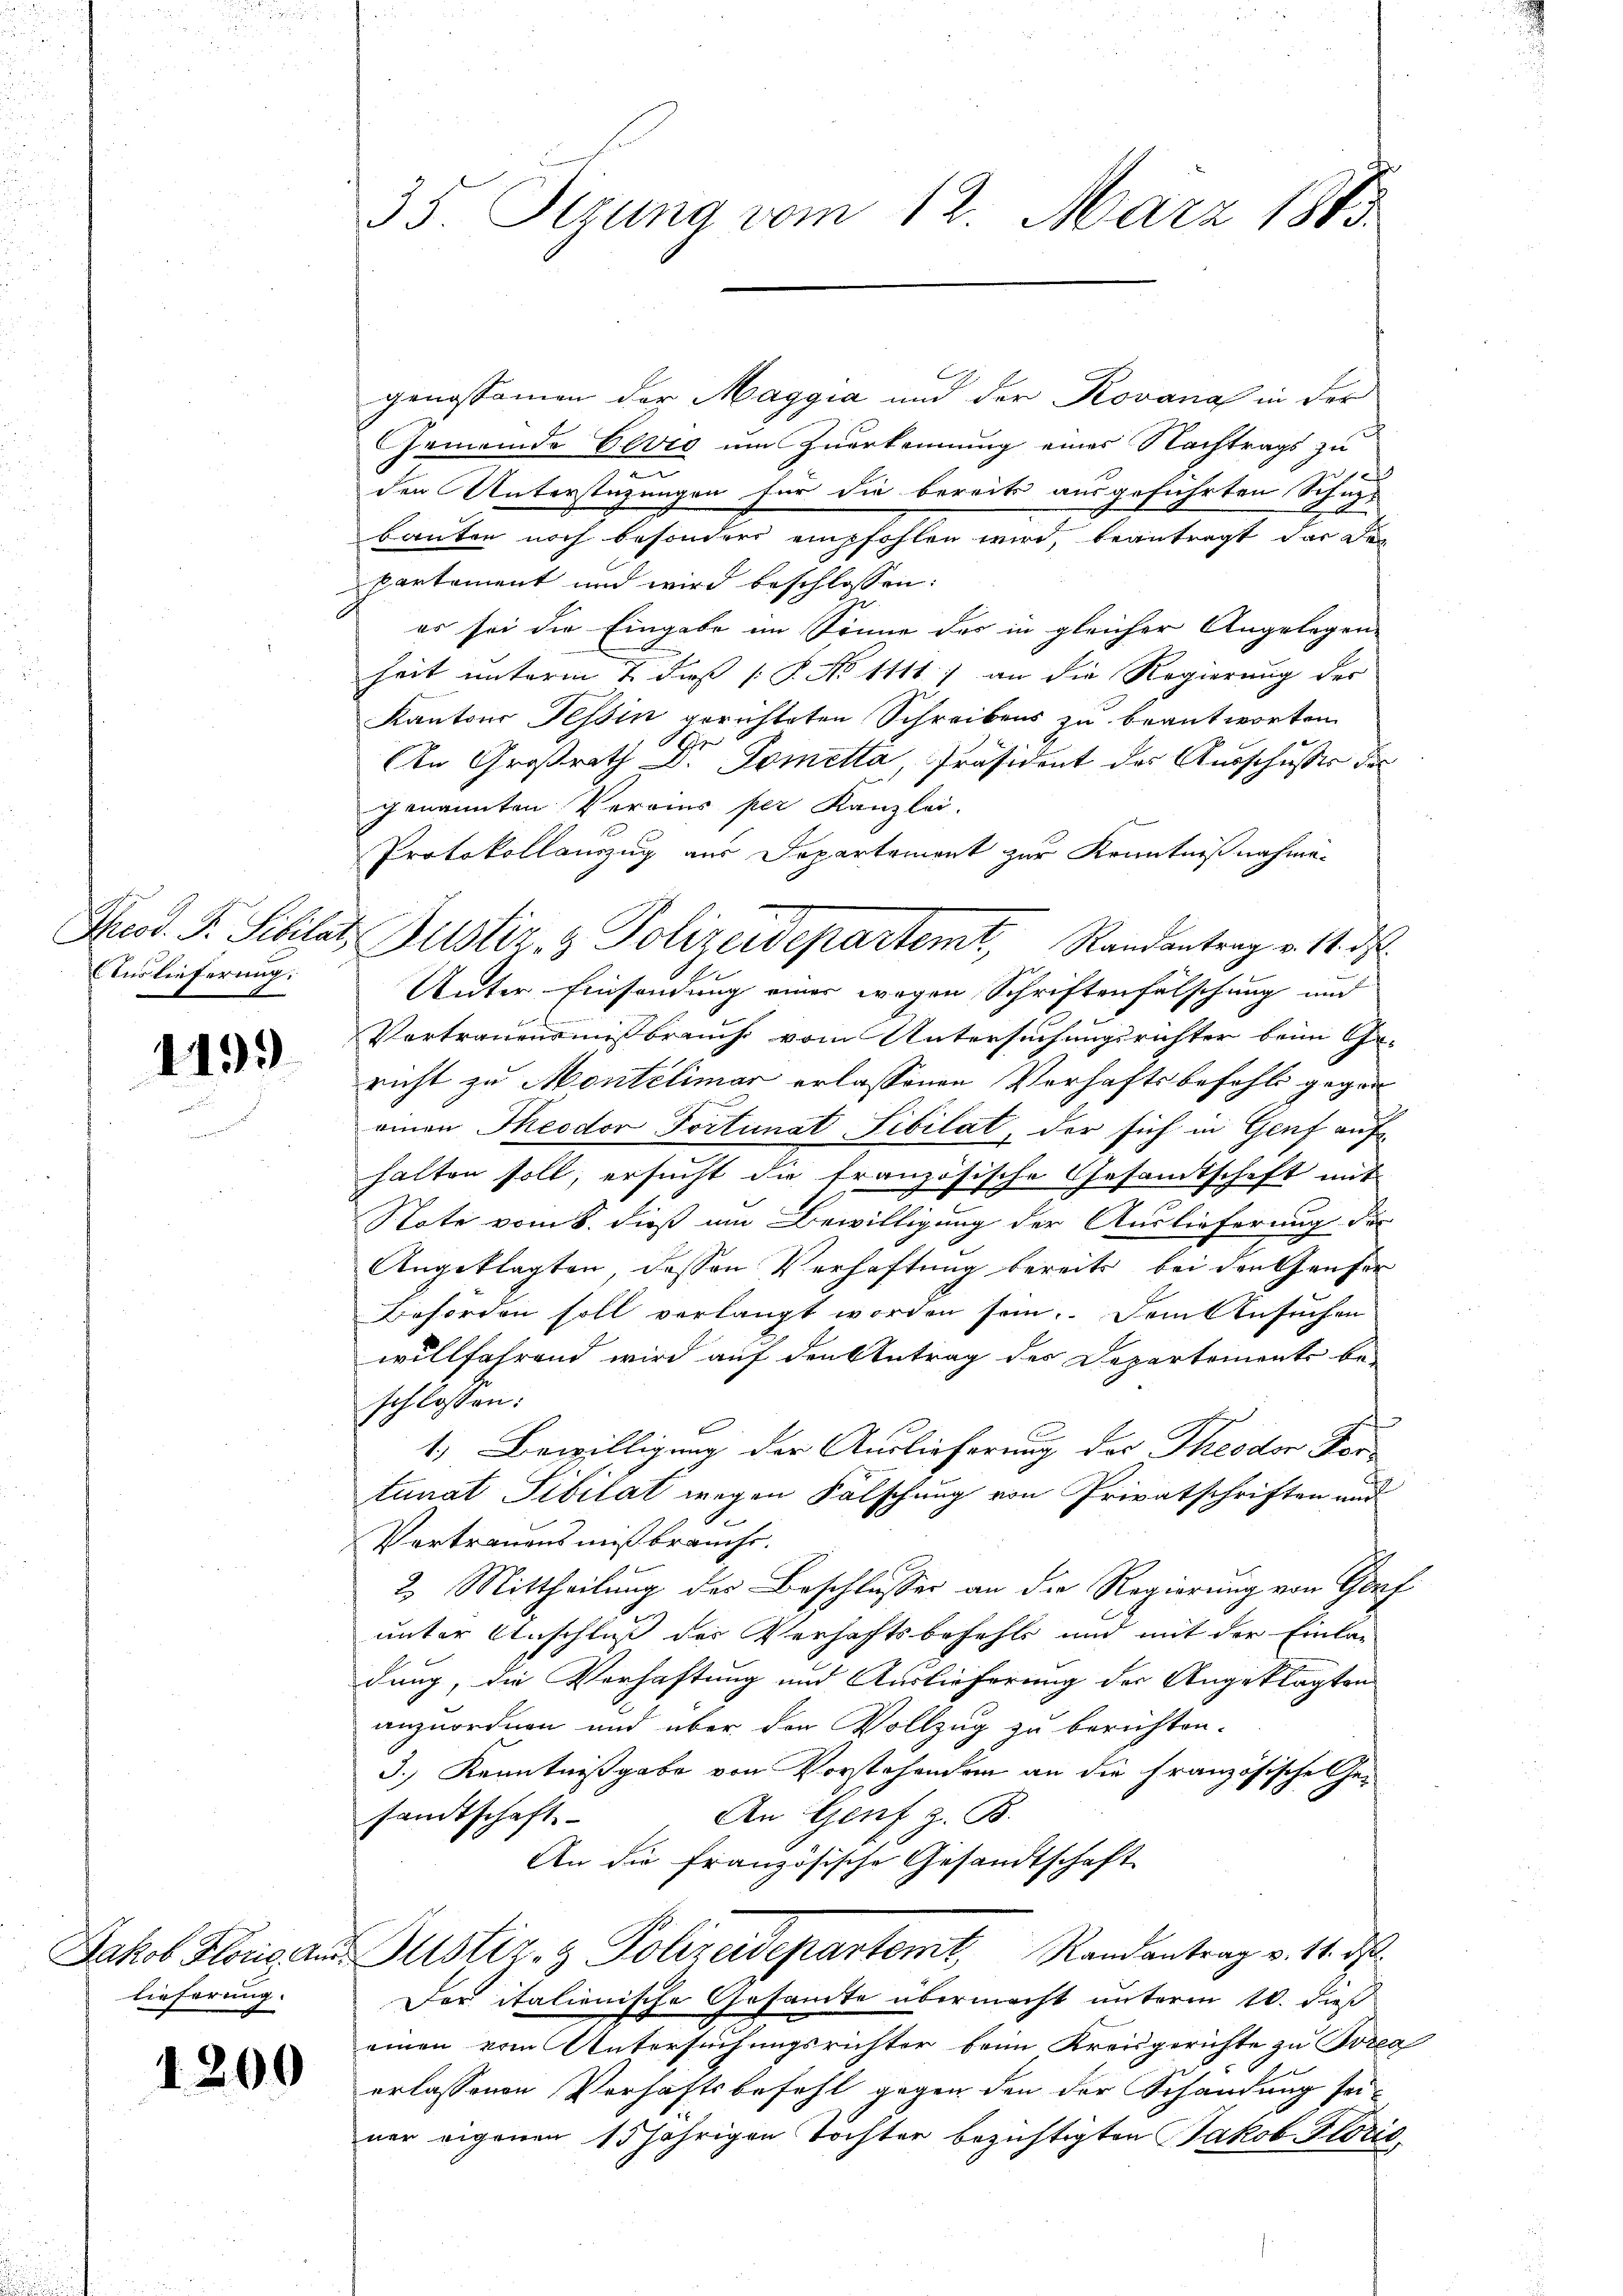
Auslieferung.

1199

lieferung.

1200

35. Sizung vom 12. März 1883.

genossamen der Maggia und der Kovanal in der
Gemeinde Elvio um Zuerkennung eines Nachtrags zu
den Unterstüzungen für die bereits ausgeführten Schupbauten noch besondere empfohlen wird, beantragt dar den
partement und wird beschlossen:
es sei die Eingabe im Sonne des in gleicher Angelegen-
heit unterm 1. daß P. No 1111.) an die Regierung der
Kantons Tessin gerichteten Schreibens zu beantworten
G.
An Großrath Dr. Tometta, Präsident der Ausschusser der
genannten Vereins per Kanzlei.
Protokollauszug aus Departement zur Kenntnißnahme-
Unter Einsendung einer wegen Schriftenfälschung und
Vertrauensmißbrauch vom Untersuchungsrichter beim Ge-
richt zu Montelimar erlassenen Verhaftsbefehls gegen
einen Theodor Portunat Sibilat, der sich in Genf auf
halten soll, ersucht die französische Gesandtschaft mit
Note vom 8. dieß um Bewilligung der Auslieferung die
Angeklagten, dessen Verhaftung bereits bei den Genfer
Behörden soll verlangt worden sein. Dem Ansuchen
willfährend wird auf den Antrag der Departements be-
schlossen:
s
1. Bewilligung der Auslieferung des Theodor For-
tunat Pibilat wegen Fälschung von Privatschriften und
Vertrauensmißbrauche.
2. Mittheilung der Beschlusses an die Regierung von Genf
unter Anschluß der Verhaftsbefehls und mit der Einlan
dung, die Verhaftung und Auslieferung der Angeklagten
anzuordnen und über den Vollzug zu berichten.
3.) Kenntnißgabe von Vorstehenden an die französische Gesamtschaft
An Genf z. B.
An die französische Gesandtschaft
Jakob Florie an Justiz- & Polizeidepartamt Randantrag v. 14. ds.
Der italienische Gesamte übermacht unterm 10. dieß
einen vom Untersuchungsrichter beim Kreisgerichte zu Bozea
erlassenen Verhaftsbefehl gegen den der Schandung sei-
ner eigenen 15jährigen Tochter bezichtigten Jakob Florie,

Prod. F. Sibilat, Justiz- & Polizeidepartemt, Randantrag v. 14. ds.